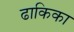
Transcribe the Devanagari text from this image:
ढाकिका